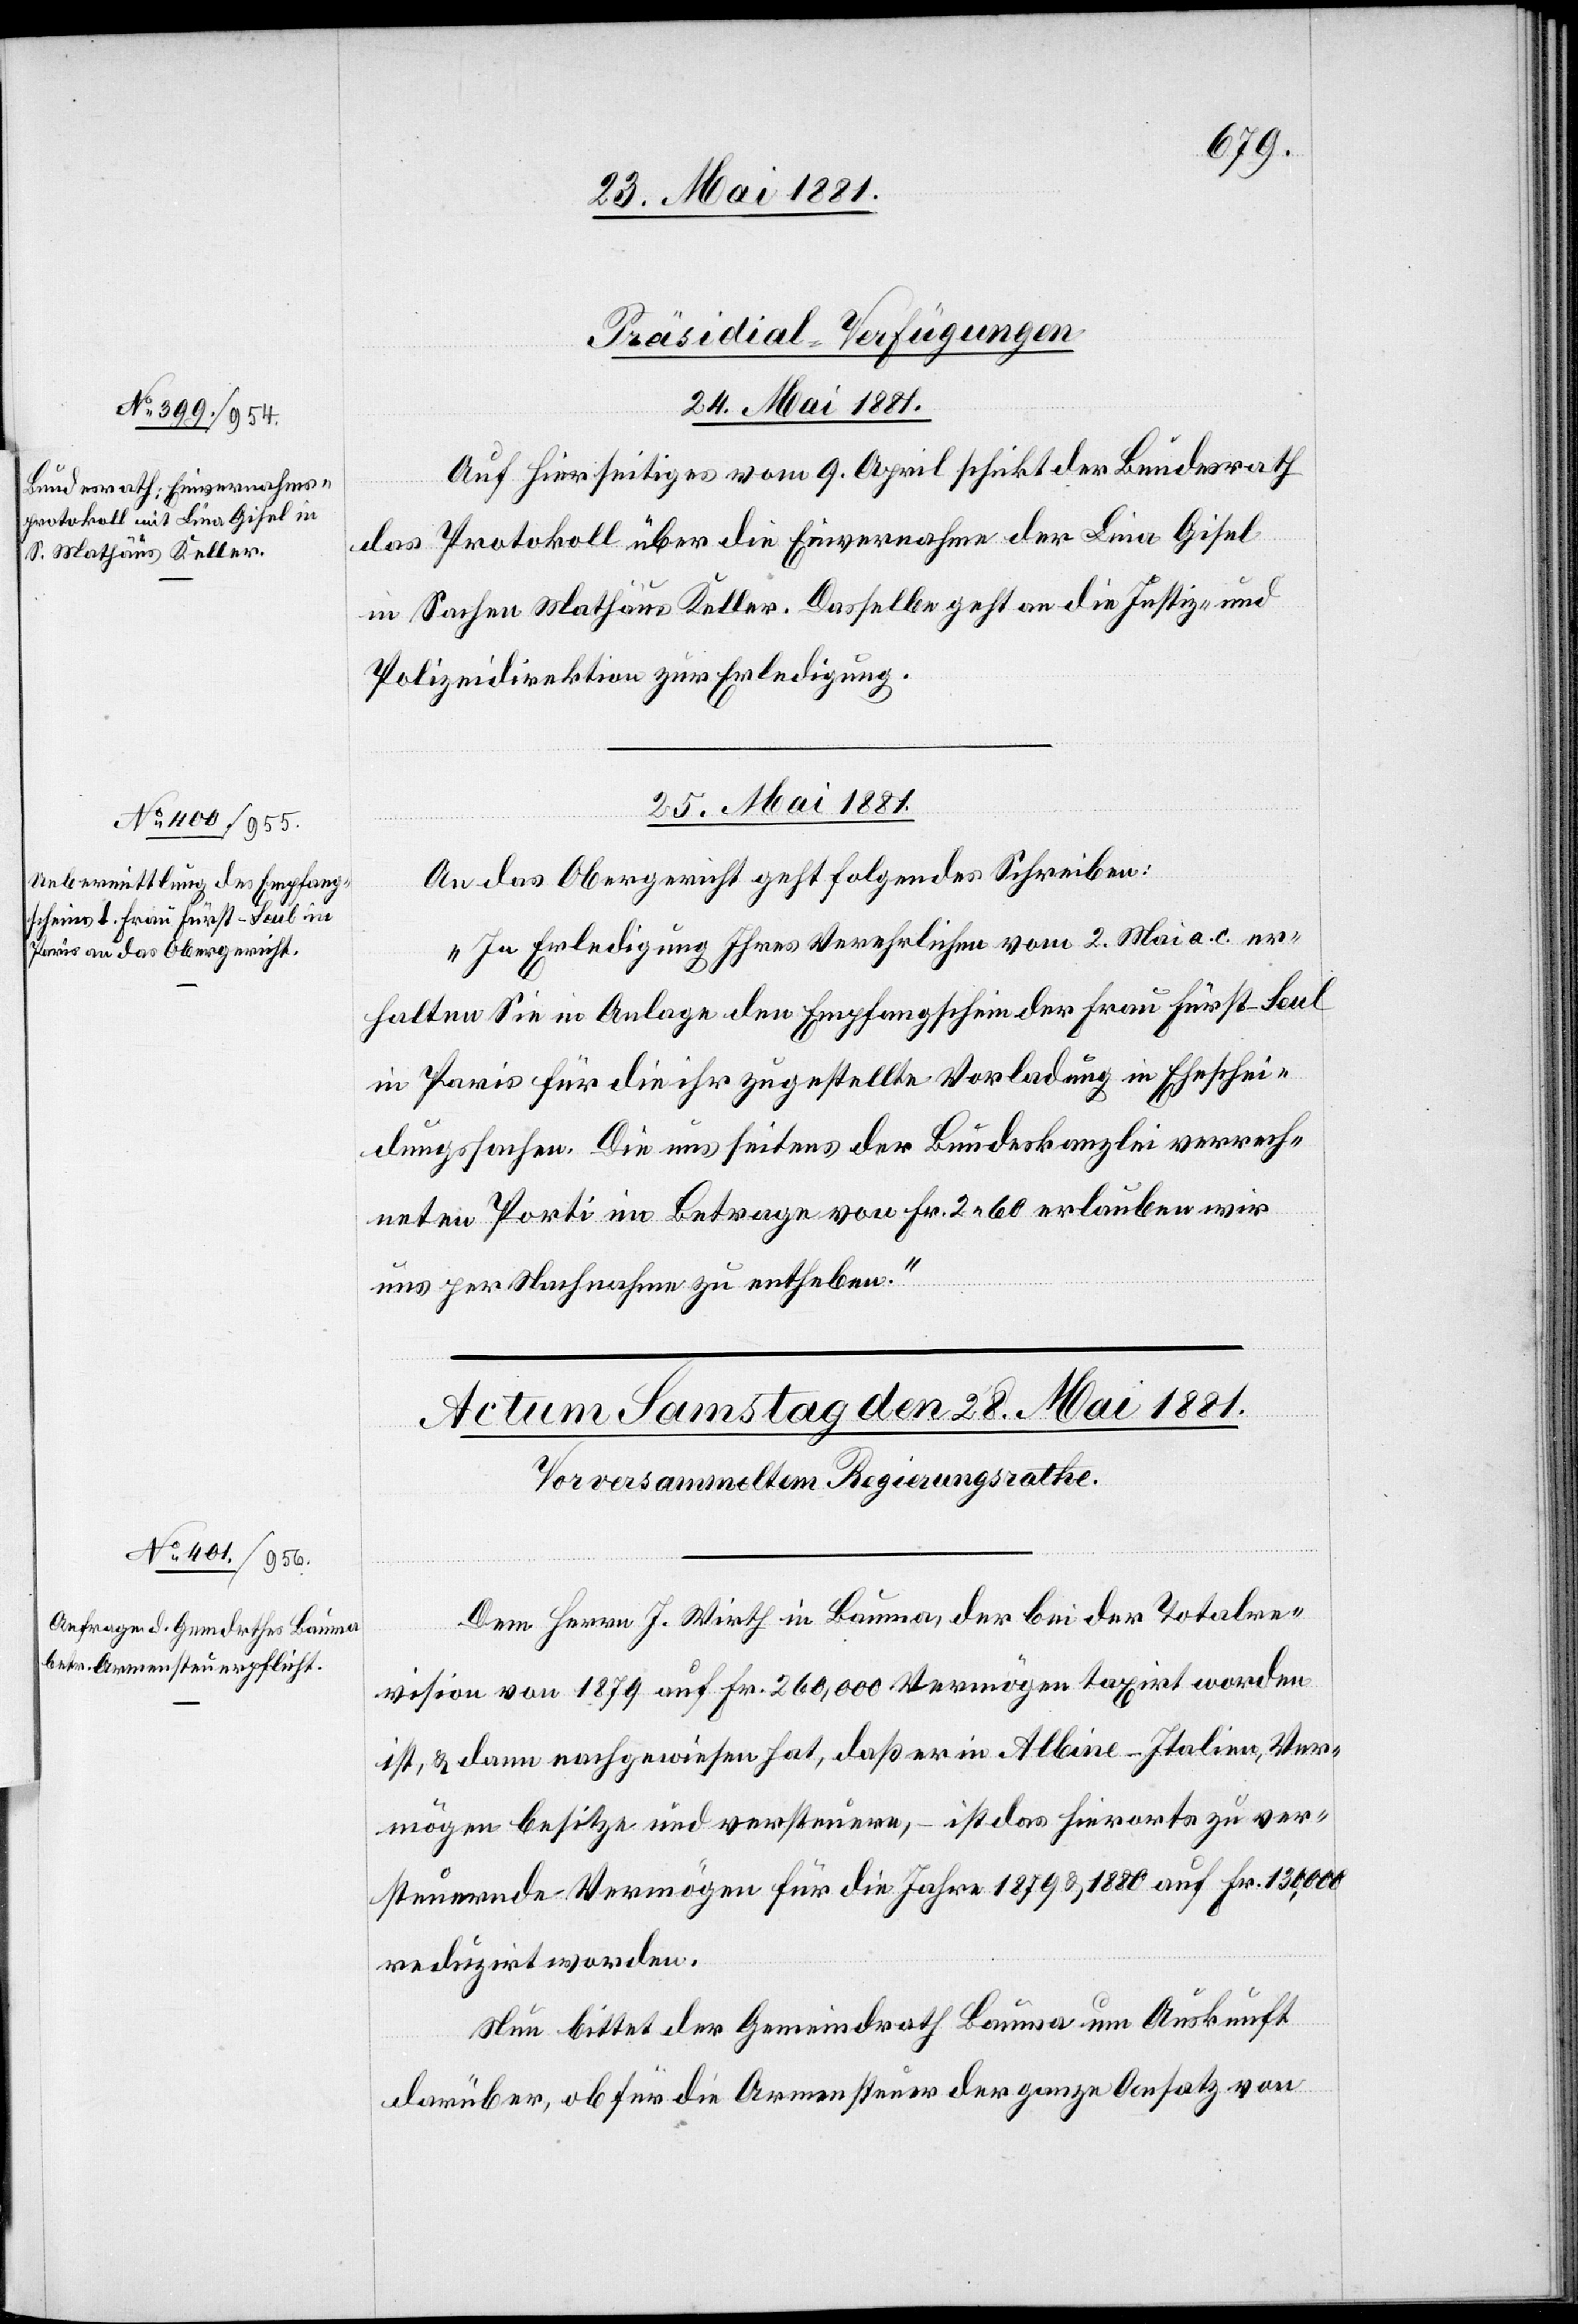
[Präsidial-Verfügungen]
25. Mai 1881.
Auf hierseitiges vom 9. April schickt der Bundesrath
das Protokoll über die Einvernahme der Lina Gisel
in Sachen Mathäus Keller. Dasselbe geht an die Justiz- &
Polizeidirektion zur Erledigung.
An das Obergericht geht folgendes Schreiben:
„In Erledigung Ihres Verehrlichen vom 2. Mai a. c. er¬
halten Sie in Anlage den Empfangschein der Frau Fürst-Seul
in Paris für die ihr zugestellte Vorladung in Eheschei¬
dungssachen. Die uns seitens der Bundeskanzlei verrech¬
neten Porti im Betrage von Fr. 2. 60 erlauben wir
uns per Nachnahme zu entheben.“
Dem Herrn J. Wirth in Bauma der bei der Totalre¬
vision von 1879 auf Fr. 260,000 Vermögen taxirt worden
ist, & dann nachgewiesen hat, daß er in Albine - Italien, Ver¬
mögen besitze und versteuere, – ist das hierorts zu ver¬
steuernde Vermögen für die Jahre 1879 & 1880 auf Fr. 130,000
reduzirt worden.
Nun bittet der Gemeindrath Bauma um Auskunft
darüber, ob für die Armensteuer der ganze Ansatz von